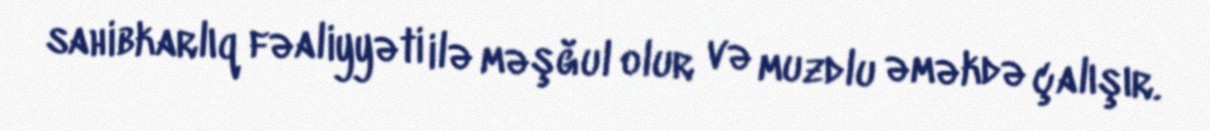
sahibkarlıq fəaliyyəti ilə məşğul olur və muzdlu əməkdə çalışır.